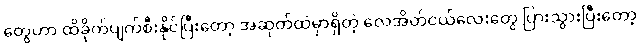
တွေဟာ ထိခိုက်ပျက်စီးနိုင်ပြီးတော့ အဆုတ်ထဲမှာရှိတဲ့ လေအိတ်ငယ်လေးတွေ ပြားသွားပြီးတော့